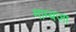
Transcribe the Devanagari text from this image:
माम्बज़ा